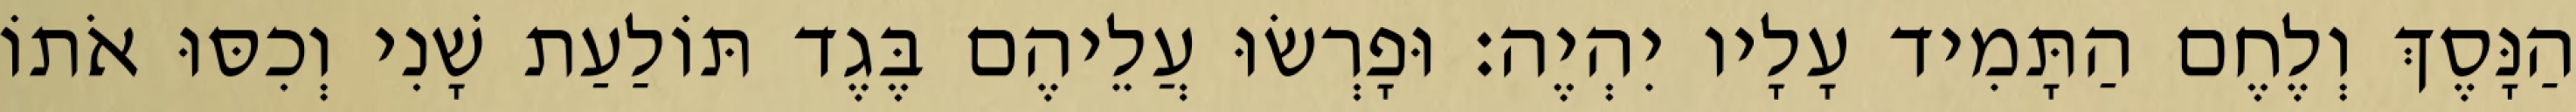
הַנָּסֶךְ וְלֶחֶם הַתָּמִיד עָלָיו יִהְיֶה׃ וּפָרְשׂוּ עֲלֵיהֶם בֶּגֶד תּוֹלַעַת שָׁנִי וְכִסּוּ אֹתוֹ